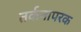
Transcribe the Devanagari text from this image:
तर्कनापरक